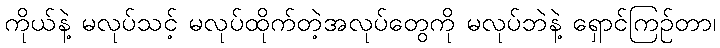
ကိုယ်နဲ့ မလုပ်သင့် မလုပ်ထိုက်တဲ့အလုပ်တွေကို မလုပ်ဘဲနဲ့ ရှောင်ကြဉ်တာ၊